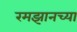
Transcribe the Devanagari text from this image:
रमझानच्या